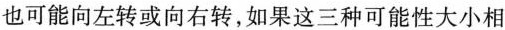
也可能向左转或向右转，如果这三种可能性大小相